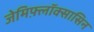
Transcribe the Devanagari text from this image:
जेमिफ़्लॉक्सासिन